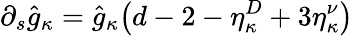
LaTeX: \partial_{s}\hat{g}_{\kappa}=\hat{g}_{\kappa}\big(d-2-\eta_{\kappa}^{D}+3\eta_{\kappa}^{\nu}\big)